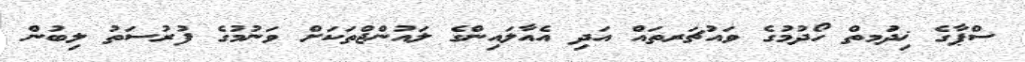
ސްޕާގެ ޚިދުަމތް ހޯދުމުގެ ވައުޗަރތައް އަދި އެއާލައިންގެ ލައުންޖްތަކަށް ވަނުމުގެ ފުރުސަތު ލިބުން